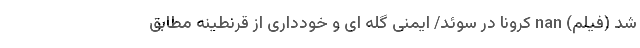
شد (فیلم) nan کرونا در سوئد/ ایمنی گله ای و خودداری از قرنطینه مطابق